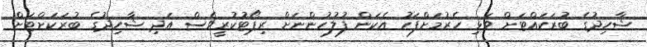
ޝާހިދުގެ ބުރަކައްޓަށް ވަޅި ހެރުމަށްފަހު އެކަން ފުލުހުންނަށް ރިޕޯޓުކުރީވެސް އަދި ޝާހިދުގެ ބުރަކަށްޓަށް